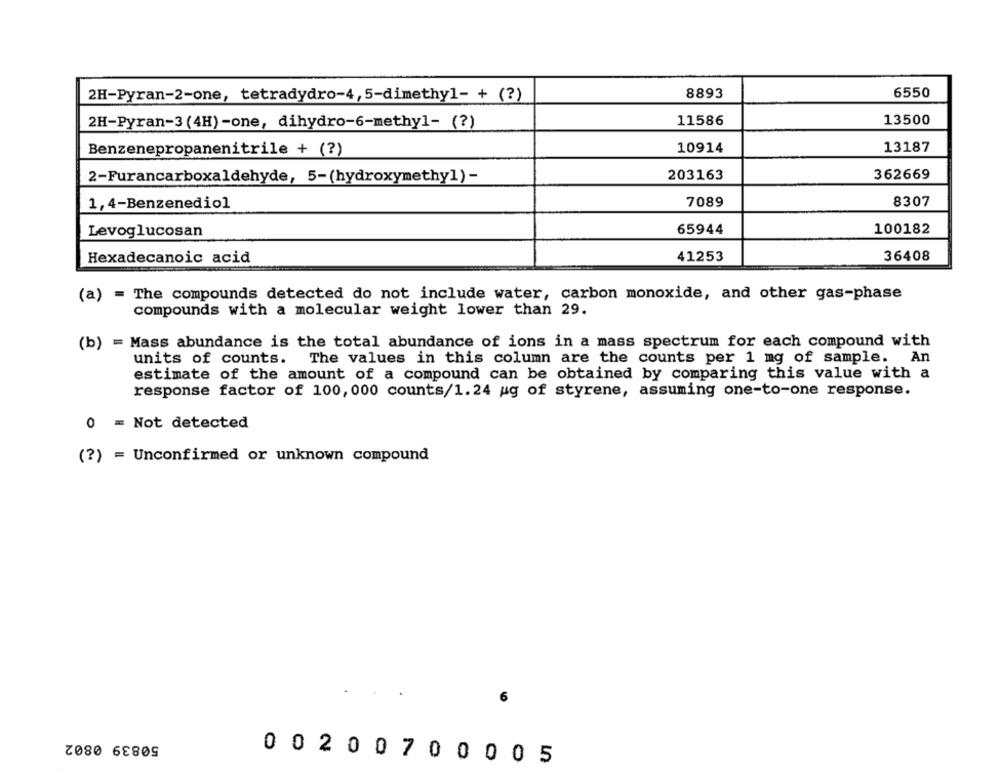
2H-Pyran-2-one, tetradydro-4,5-dimethyl- + (?)
8893
6550
11586
13500
2H-Pyran-3(4H)-one, dihydro-6-methyl- (?)
Benzenepropanenitrile + (?)
10914
13187
203163
362669
2-Furancarboxaldehyde, 5-(hydroxymethyl)-
1, 4-Benzenediol
7089
8307
65944
100182
Levoglucosan
Hexadecanoic acid
41253
36408
(a) = The compounds detected do not include water, carbon monoxide, and other gas-phase
compounds with a molecular weight lower than 29.
(b) = Mass abundance is the total abundance of ions in a mass spectrum for each compound with
units of counts.
The values in this column are the counts per 1 mg of sample.
estimate of the amount of a compound can be obtained by comparing this value with a
response factor of 100, 000 counts/1.24 ug of styrene, assuming one-to-one response.
0 = Not detected
(?) = Unconfirmed or unknown compound
6
50839 0802
0 0200 7 0 0 0 0 5